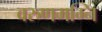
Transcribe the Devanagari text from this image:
वरुणमग्नि